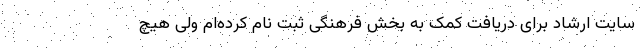
سایت ارشاد برای دریافت کمک به بخش فرهنگی ثبت نام کرده‌ام ولی هیچ